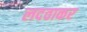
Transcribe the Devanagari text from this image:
लदवाकर